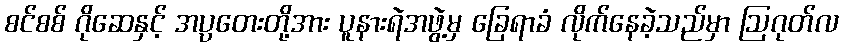
စင်စစ် ဂိုဆေနှင့် အပ္ပတေးတို့အား ပူနားရဲအဖွဲ့မှ ခြေရာခံ လိုက်နေခဲ့သည်မှာ ဩဂုတ်လ